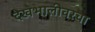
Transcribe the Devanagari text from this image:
देखभालीवरचा